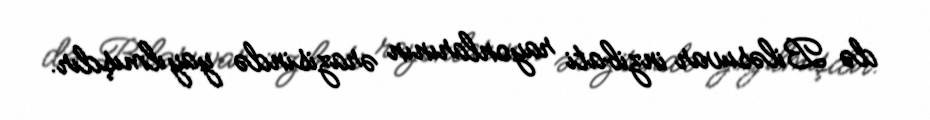
də Biləsuvar inzibati rayonlarının ərazisində yayılmışdır.